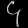
Digit: ၄